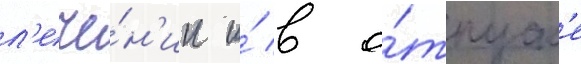
л'ече́н'ии и́ в о́тпуск'е